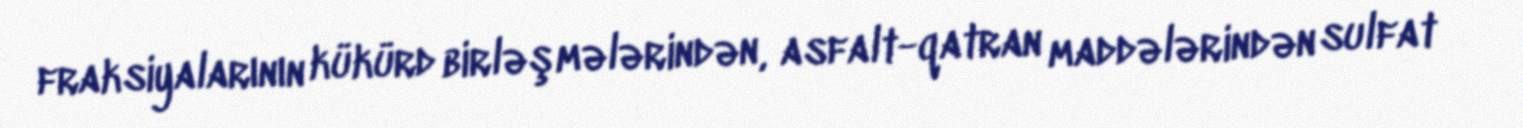
fraksiyalarının kükürd birləşmələrindən, asfalt-qatran maddələrindən sulfat